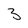
Character: 3